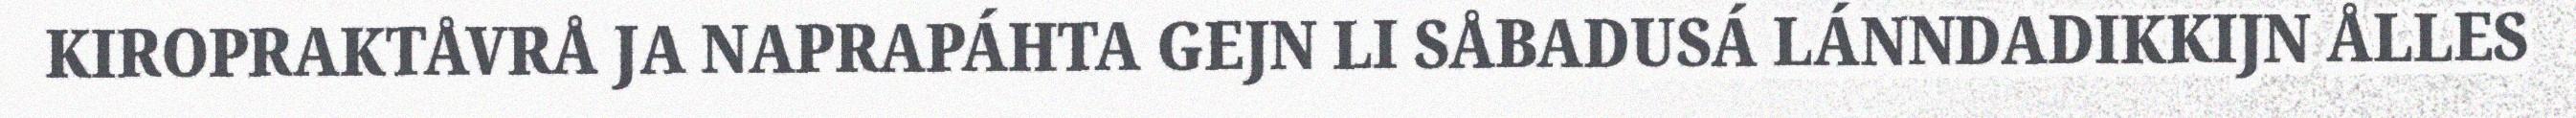
KIROPRAKTÅVRÅ JA NAPRAPÁHTA GEJN LI SÅBADUSÁ LÁNNDADIKKIJN ÅLLES